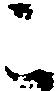
こ